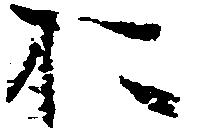
お